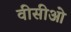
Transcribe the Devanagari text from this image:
वीसीओ